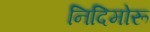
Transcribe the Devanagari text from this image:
निदिमोरू